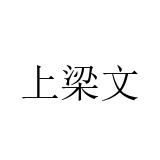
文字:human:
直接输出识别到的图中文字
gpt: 上梁文